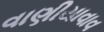
વાણીયાવાવ